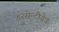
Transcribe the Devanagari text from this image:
४२सेन्टीग्रेड